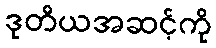
ဒုတိယအဆင့်ကို